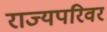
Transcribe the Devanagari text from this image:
राज्यपरिवर